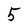
Character: 5